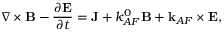
\nabla \times \mathbf { B } - \frac { \partial \mathbf { E } } { \partial t } = \mathbf { J } + k _ { A F } ^ { 0 } \mathbf { B } + \mathbf { k } _ { A F } \times \mathbf { E } ,